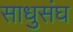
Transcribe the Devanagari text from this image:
साधुसंघ